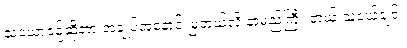
သံယောဇဉ်ဆိုတာ အချုပ်အနှောင် မြဲတယ်လို့ နာမည်ကြီး တယ် သူငယ်ချင်း